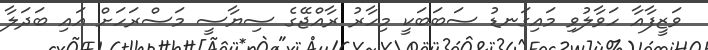
ވަޒީފާއާ ހަވާލުވި މައިގަނޑު ސަބަބަކީ މިހާރު ރާއްޖޭގެ ސިޔާސީ މަސްރަހަށް އައި ބަދަލާ